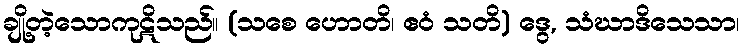
ချို့တဲ့သောကုဋိသည်။ (သစေ ဟောတိ၊ ဧဝံ သတိ) ဒွေ, သံဃာဒိသေသာ၊